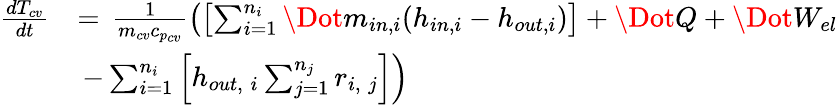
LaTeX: \begin{array}{rl}{\frac{dT_{cv}}{dt}}&{=\, \frac{1}{m_{cv}c_{p_{cv}}}\left(\left[\sum_{i=1}^{n_{i}}\Dot{m}_{in,i}(h_{in,i}-h_{out,i})\right]+\Dot{Q}+\Dot{W}_{el}\right.}\\ &{\, \left.-\sum_{i=1}^{n_{i}}\left[h_{out,\; i}\sum_{j=1}^{n_{j}}r_{i,\; j}\right]\right)}\end{array}